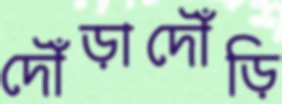
দৌঁড়াদৌঁড়ি